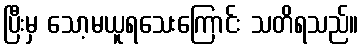
ပြီးမှ သော့မယူရသေးကြောင်း သတိရသည်။